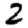
Digit: 2